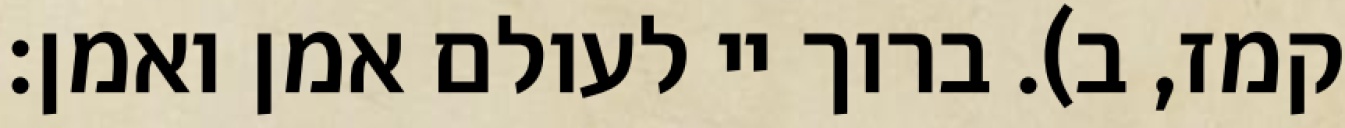
קמז, ב). ברוך יי לעולם אמן ואמן: